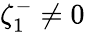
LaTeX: \zeta_{1}^{-}\neq 0